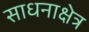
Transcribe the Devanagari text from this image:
साधनाक्षेत्र